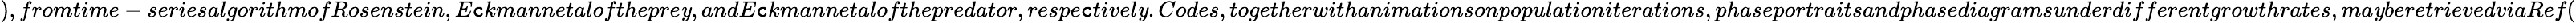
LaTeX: ),fromtime-seriesalgorithmofRosenstein,E\mathtt{c}kmannetalofthepre\mathit{y},andE\mathtt{c}kmannetalofthepredator,respe\mathtt{c}tivel\mathit{y}.Codes,togetherwithanimationsonpopulationiterations,phaseportraitsandphasediagramsunderdifferentgrowthrates,ma\mathit{y}beretrievedviaRef(